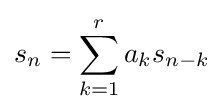
s_{n}=\sum _{k=1}^{r}a_{k}s_{n-k}